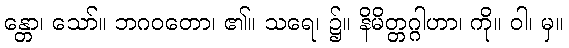
န္တော၊ သော်။ ဘဂဝတော၊ ၏။ သရေ၊ ၌။ နိမိတ္တဂ္ဂါဟာ၊ ကို။ ဝါ၊ မှ။